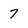
Character: 7